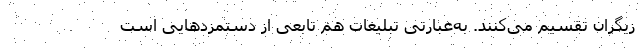
زیگران تقسیم می‌کنند. به‌عبارتی تبلیغات هم تابعی از دستمزدهایی است